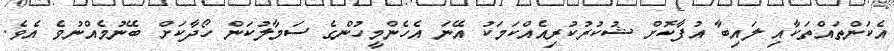
އެކަންތައްތަކާއި ލައިބާ އުފާކޮށް ޝުކުރުކުރިއެއްކަމަކު އޭނަ އެހެންމީހުންގެ ސަމާލުކަން ހޯދާކަށް ބޭނުމެއްނުވެ އެވެ.